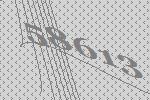
58613